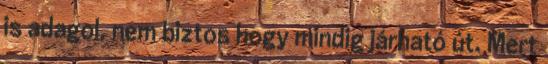
is adagol, nem biztos hogy mindig járható út. Mert